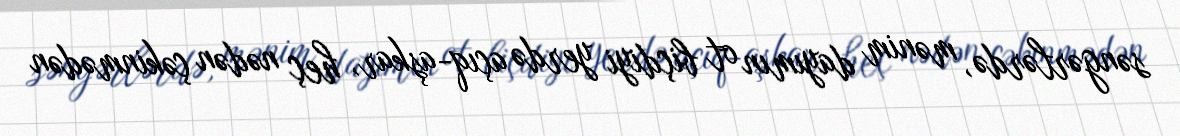
səngərlərdə, mənim dayımın ot biçdiyi yerdə açıq-aşkar, heç nədən çəkinmədən